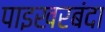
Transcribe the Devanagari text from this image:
पाइखरबंदा